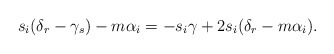
\begin{align*}s_i(\delta_r-\gamma_s)-m\alpha_i=-s_i\gamma+2s_i(\delta_r-m\alpha_i).\end{align*}